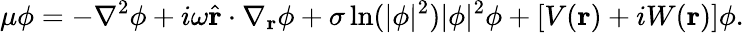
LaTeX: \mu\phi=-\nabla^{2}\phi+i\omega\widehat{\mathbf{r}}\cdot\nabla_{\mathbf{r}}\phi+\sigma\ln(|\phi|^{2})|\phi|^{2}\phi+[V(\mathbf{r})+iW(\mathbf{r})]\phi.